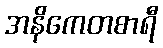
အနိကေတစာရီ